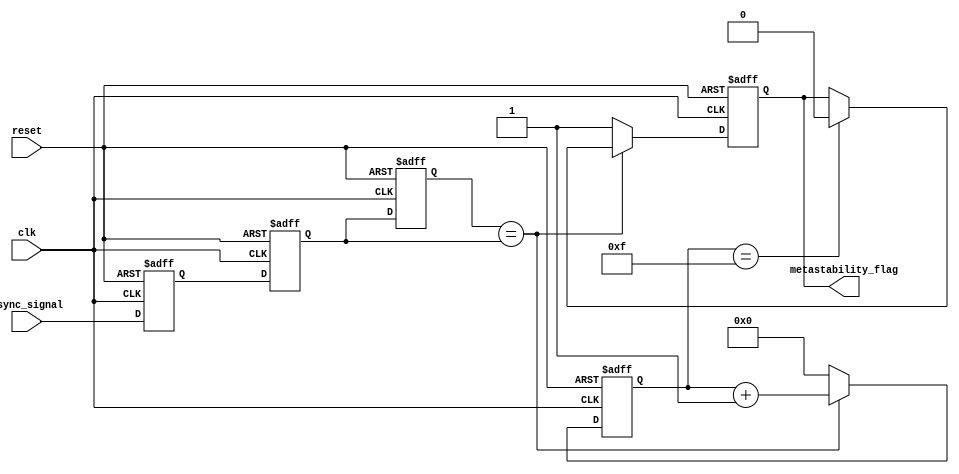
module metastability_detector (
    input wire clk,              // Clock signal
    input wire reset,            // Reset signal
    input wire async_signal,     // Asynchronous input signal to monitor
    output reg metastability_flag // Flag indicating metastability detection
);

    // Internal signals
    reg latch1;                  // Output of the first latch
    reg latch2;                  // Output of the second latch
    reg memory_block;            // Memory block to store the output of latch2
    reg [3:0] stable_counter;    // Counter to monitor stability
    parameter STABLE_THRESHOLD = 4'b1111; // Threshold for stable condition

    // Latch 1: Capture the asynchronous signal
    always @(posedge clk or posedge reset) begin
        if (reset) begin
            latch1 <= 1'b0;
        end else begin
            latch1 <= async_signal;
        end
    end

    // Latch 2: Capture the output of latch 1
    always @(posedge clk or posedge reset) begin
        if (reset) begin
            latch2 <= 1'b0;
        end else begin
            latch2 <= latch1;
        end
    end

    // Memory Block: Store the output of latch 2
    always @(posedge clk or posedge reset) begin
        if (reset) begin
            memory_block <= 1'b0;
        end else begin
            memory_block <= latch2;
        end
    end

    // Metastability Detection Logic
    always @(posedge clk or posedge reset) begin
        if (reset) begin
            metastability_flag <= 1'b0;
            stable_counter <= 4'b0000;
        end else begin
            // Check for metastability condition
            if (memory_block == latch2) begin
                // Increment stable counter if the output remains the same
                stable_counter <= stable_counter + 1;
                if (stable_counter == STABLE_THRESHOLD) begin
                    metastability_flag <= 1'b0; // Clear flag if stable
                end
            end else begin
                // Reset stable counter if a transition is detected
                stable_counter <= 4'b0000;
                metastability_flag <= 1'b1; // Set flag for metastability
            end
        end
    end

endmodule